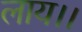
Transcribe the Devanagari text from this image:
लाय।।